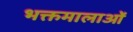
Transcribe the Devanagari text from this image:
भक्तमालाओं